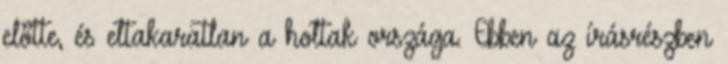
előtte, és eltakaratlan a holtak országa. Ebben az írásrészben